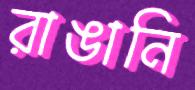
রাঙানি